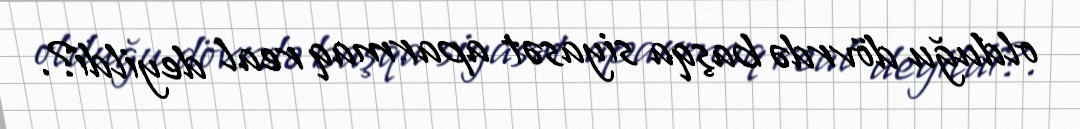
olduğu dövrdə başqa siyasət aparmaq real deyildi?.